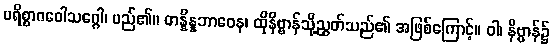
ပရိစ္စာဂဝေါသဂ္ဂေါ၊ မည်၏။ တန္နိန္နဘာဝေန၊ ထိုနိဗ္ဗာန်သို့ညွတ်သည်၏ အဖြစ်ကြောင့်။ ဝါ၊ နိဗ္ဗာန်၌